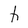
Character: h